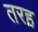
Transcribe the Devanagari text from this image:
तरह़